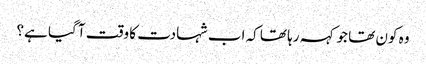
وہ کون تھا جو کہہ رہا تھا کہ اب شہادت کا وقت آ گیا ہے؟